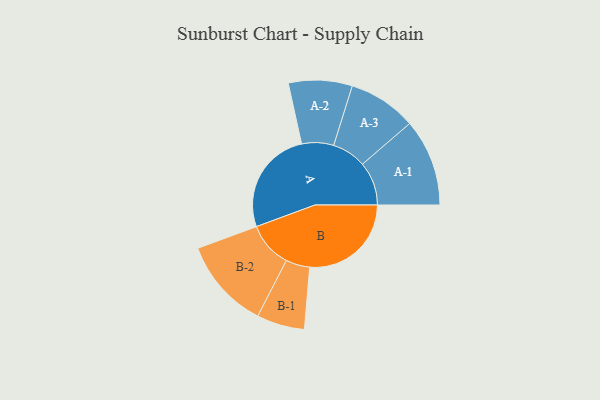
{"axis": {"x": "Segment", "y": "Value"}, "legend": ["", "A", "B"], "data": [{"x": "A", "y": 454, "type": ""}, {"x": "B", "y": 440, "type": ""}, {"x": "A-1", "y": 189, "type": "A"}, {"x": "A-2", "y": 138, "type": "A"}, {"x": "A-3", "y": 148, "type": "A"}, {"x": "B-1", "y": 104, "type": "B"}, {"x": "B-2", "y": 197, "type": "B"}]}